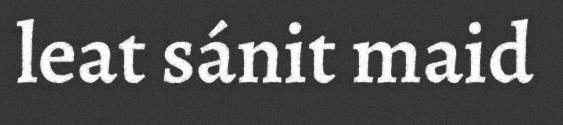
leat sánit maid